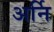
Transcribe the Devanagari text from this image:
अर्नि